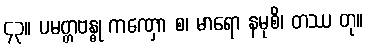
၄၃။ ပမတ္တဗန္ဓု ကဏှော စ၊ မာရော နမုစိ၊ တဿ တု။